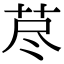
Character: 荩